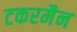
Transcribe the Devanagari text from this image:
टकरमैन